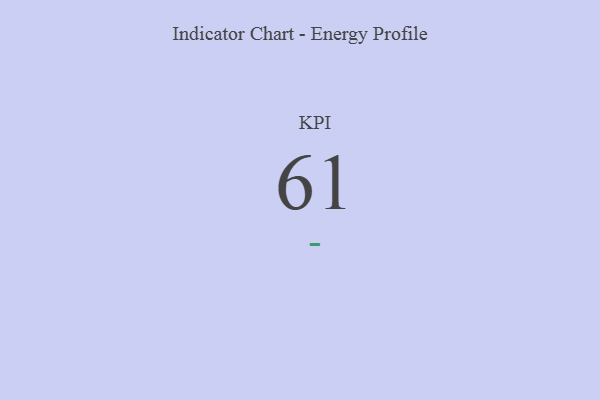
{"axis": {"x": "KPI", "y": "Value"}, "legend": [""], "data": [{"x": "KPI", "y": 61, "type": ""}]}